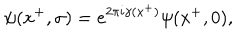
\psi ( x ^ { + } , \sigma ) = e ^ { 2 \pi i \gamma ( x ^ { + } ) } \psi ( x ^ { + } , 0 ) ,